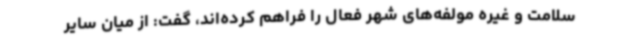
سلامت و غیره مولفه‌های شهر فعال را فراهم کرده‌اند، گفت: از میان سایر